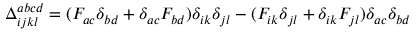
\Delta _ { i j k l } ^ { a b c d } = ( F _ { a c } \delta _ { b d } + \delta _ { a c } F _ { b d } ) \delta _ { i k } \delta _ { j l } - ( F _ { i k } \delta _ { j l } + \delta _ { i k } F _ { j l } ) \delta _ { a c } \delta _ { b d }